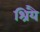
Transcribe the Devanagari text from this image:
श्रियै